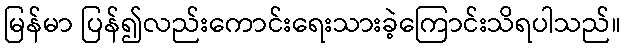
မြန်မာ ပြန်၍လည်းကောင်းရေးသားခဲ့ကြောင်းသိရပါသည်။